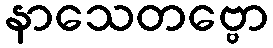
နာသေတဗ္ဗော